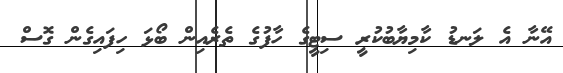
އޭނާ އެ ލަނޑު ކާމިޔާބުކުރީ ސިޓީގެ ހާފުގެ ތެރެއިން ބޯޅަ ހިފައިގެން ގޮސް